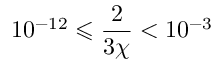
1 0 ^ { - 1 2 } \leqslant \frac { 2 } { 3 \chi } < 1 0 ^ { - 3 }